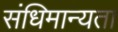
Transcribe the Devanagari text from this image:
संधिमान्यता